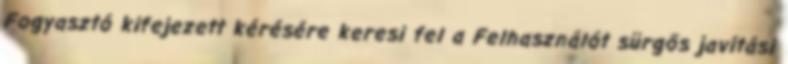
Fogyasztó kifejezett kérésére keresi fel a Felhasználót sürgős javítási